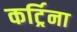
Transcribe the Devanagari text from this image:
कर्ट्रिना